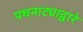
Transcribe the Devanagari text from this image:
पथनाट्याद्वारे